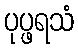
ပုပ္ဖရသံ